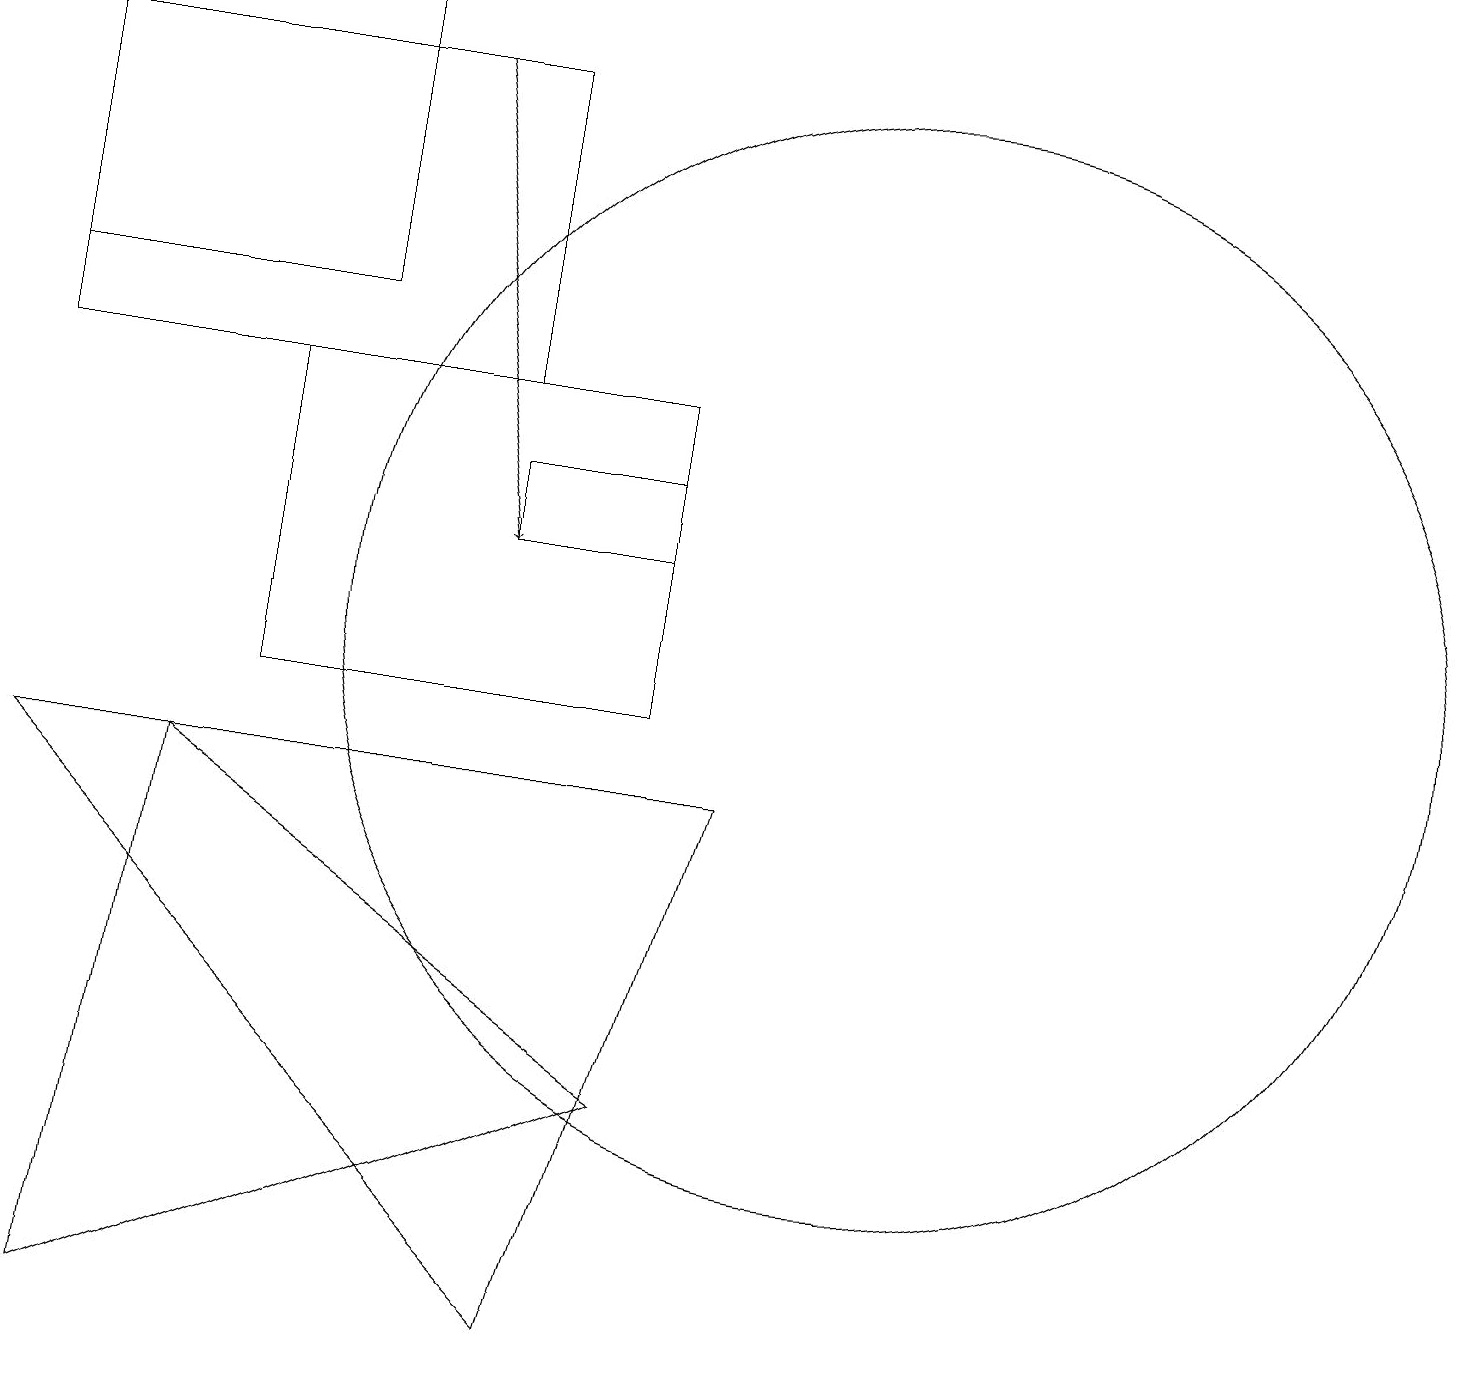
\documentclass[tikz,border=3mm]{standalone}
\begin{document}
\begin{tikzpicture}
\draw (0,14) rectangle (6,18);
\draw (7,2) -- (9,9) -- (0,9) -- cycle;
\draw (0,15) rectangle (4,19);
\draw (11,11) circle (7);
\draw (8,5) -- (1,2) -- (2,9) -- cycle;
\draw (6,13) rectangle (8,12);
\draw (3,14) rectangle (8,10);
\draw[->] (5,18) -- (6,12);
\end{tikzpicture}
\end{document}